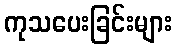
ကုသပေးခြင်းများ